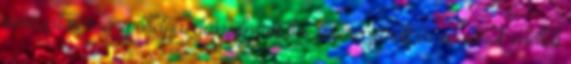
nevezett verseny ötletgazdája elmondta: a terepjárók és motorok mellett